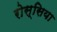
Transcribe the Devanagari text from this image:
रोस्सिया